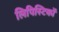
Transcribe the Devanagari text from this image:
लिपिस्टिकों